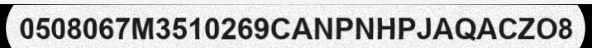
0508067M3510269CANPNHPJAQACZO8